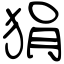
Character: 狷